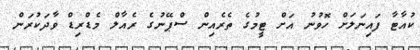
ކުއާޓާ ފައިނަލަށް ހޮވުނު އަށް ޓީމުގެ ތެރެއިން ސްޕޭނުގެ ރެއާލް މެޑްރިޑް ވާދަކުރަން